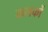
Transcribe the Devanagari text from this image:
कलकों